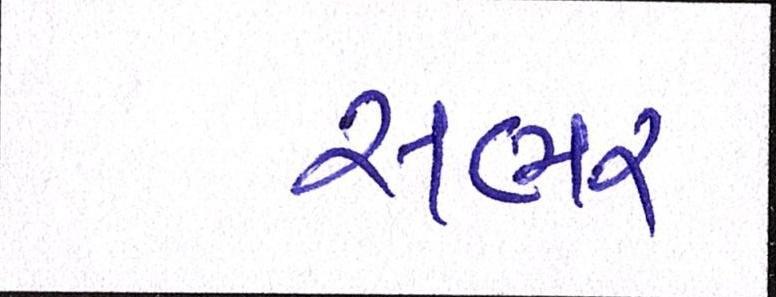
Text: સભર